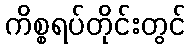
ကိစ္စရပ်တိုင်းတွင်